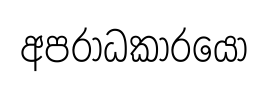
අපරාධකාරයො